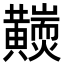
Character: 𪏩